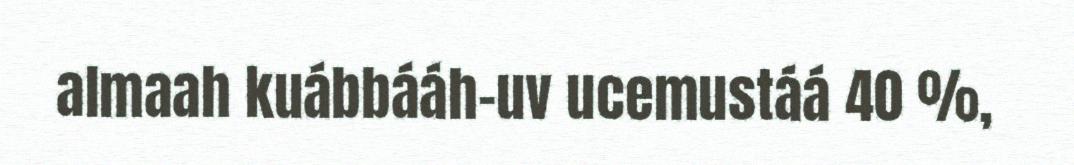
almaah kuábbááh-uv ucemustáá 40 %,